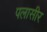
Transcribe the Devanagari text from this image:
पलासीर